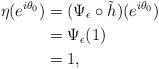
LaTeX: \begin{align*}\eta(e^{i \theta_0}) & = (\Psi_{\epsilon}\circ \tilde{h})(e^{i \theta_0})\\& =\Psi_{\epsilon}(1)\\& = 1,\end{align*}